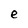
Character: e